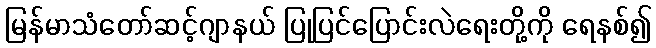
မြန်မာသံတော်ဆင့်ဂျာနယ် ပြုပြင်ပြောင်းလဲရေးတို့ကို ရေနစ်၍